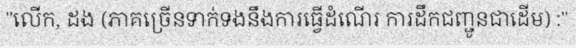
"លើក, ដង (ភាគច្រើនទាក់ទងនឹងការធ្វើដំណើរ ការដឹកជញ្ជូនជាដើម) :"